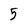
Character: 5